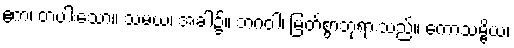
ဧကံ၊ တပါးသော။ သမယံ၊ အခါ၌။ ဘဂဝါ၊ မြတ်စွာဘုရားသည်။ ကောသမ္ဗိယံ၊